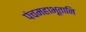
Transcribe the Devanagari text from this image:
पंचमहाभूतानि